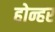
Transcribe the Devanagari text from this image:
होन्हर